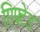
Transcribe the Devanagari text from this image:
गिफ्टेड